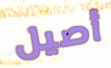
أصيل